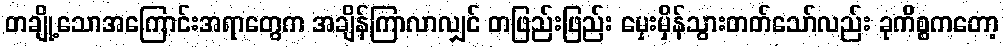
တချို့သောအကြောင်းအရာတွေက အချိန်ကြာလာလျှင် တဖြည်းဖြည်း မှေးမှိန်သွားတတ်သော်လည်း ခုကိစ္စကတော့